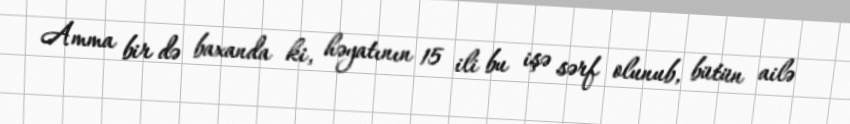
Amma bir də baxanda ki, həyatının 15 ili bu işə sərf olunub, bütün ailə